Juri_Uluots, lk 60
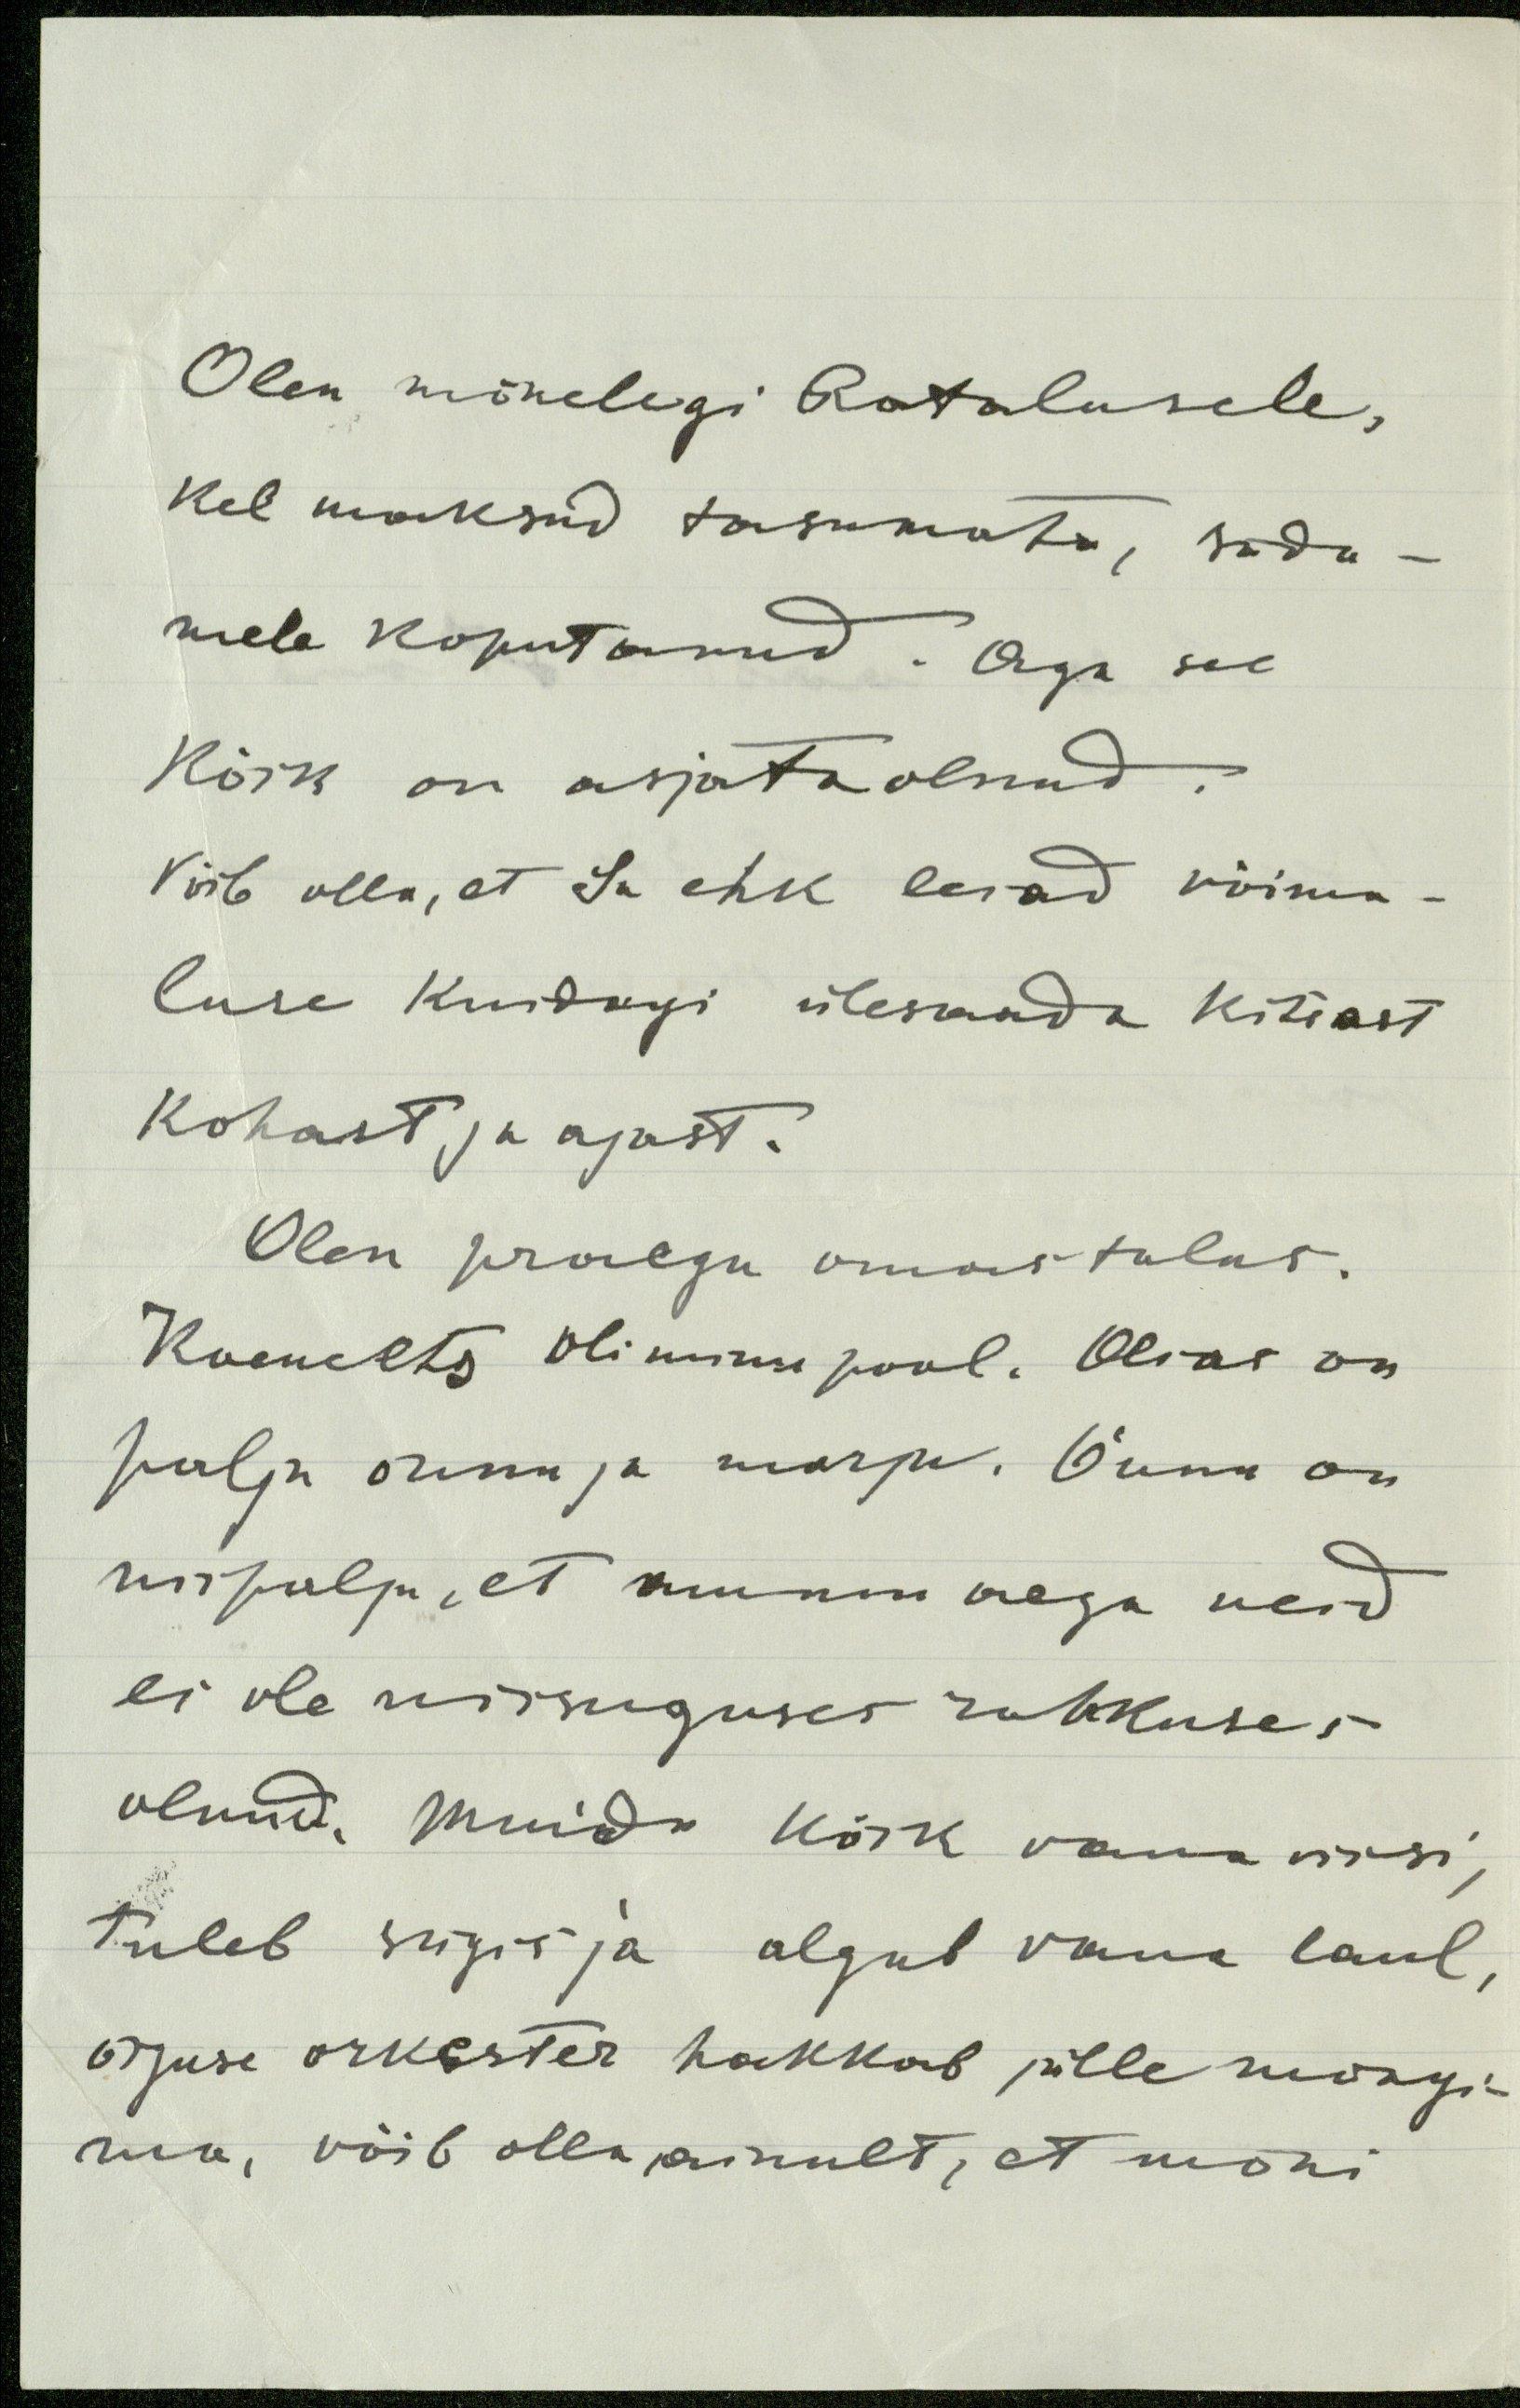
Olen mõnelegi Rotalusele,
kel maksud tasumata, süda-
mele koputanud. Aga see
kõik on asjata olnud.
Võib olla, et Sa ehk leiad võima-
luse kuidugi ülesaada kitsast
kohast ja ajast.
Olen praegu omas talus.
Koemets oli minu pool. Aias on
palju õunu ja marju. Õunu on
niipalju, et ammu aega neid
ei ole niisuguses rohkuses
olnud. Muidu kõik vana viisi,
tuleb sügis ja algub vana laul,
õiguse orkester hakkab jälle mängi-
ma, võib olla ainult, et mõni